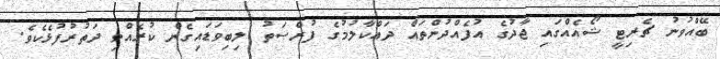
ބޭއްވުނު ޗެރިޓީ ޝޯއެއްގައި ޖާދުގެ އުފެއްދުންތައް ދައްކާލުމުގެ ފުރްޞަތު ލިބިވަޑައިގެން ކުރެއްވި ދަތުރުފުޅެކެވެ.